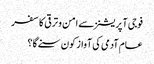
فوجی آپریشنز سے امن و ترقی کا سفر
عام آدمی کی آواز کون سنے گا؟